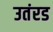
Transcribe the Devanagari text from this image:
उतंरड